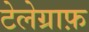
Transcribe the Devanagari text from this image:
टेलेग्राफ़